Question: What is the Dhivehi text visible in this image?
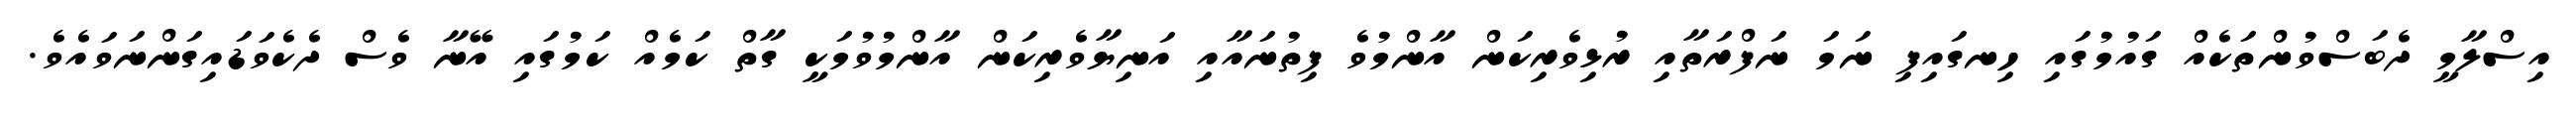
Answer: އިސްލާމީ ދެބަސްވުންތަކެއް ގައުމުގައި ހިނގައިފި ނަމަ ނަފްރަތާއި ރުޅިވެރިކަން އާންމުވެ ފިތުނައާއި އަނިޔާވެރިކަން އާންމުވުމަކީ ގާތް ކަމެއް ކަމުގައި އޭނާ ވެސް ދެކެވަޑައިގަންނަވައެވެ.